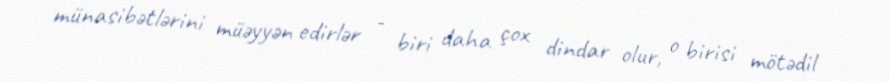
münasibətlərini müəyyən edirlər - biri daha çox dindar olur, o birisi mötədil